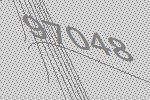
97048